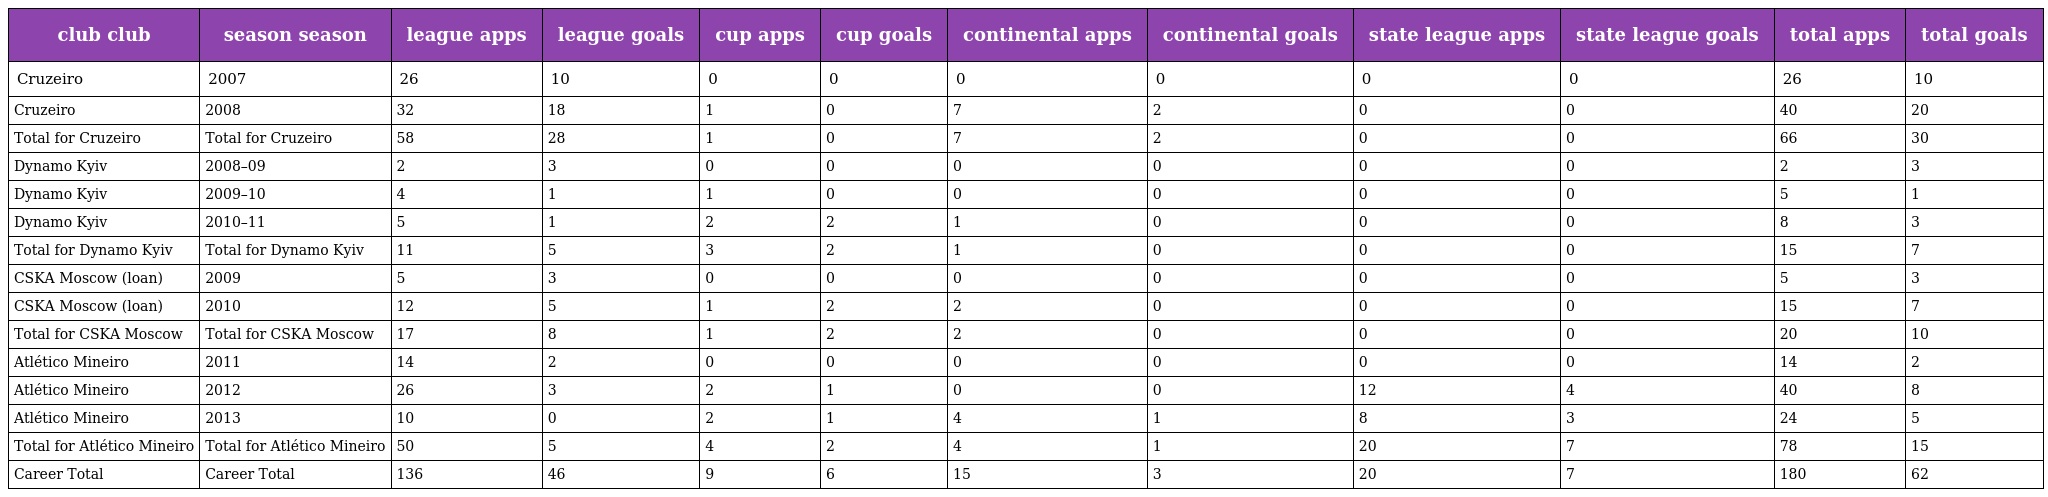
| club club | season season | league apps | league goals | cup apps | cup goals | continental apps | continental goals | state league apps | state league goals | total apps | total goals |
 | --- | --- | --- | --- | --- | --- | --- | --- | --- | --- | --- | --- |
 | Cruzeiro | 2007 | 26 | 10 | 0 | 0 | 0 | 0 | 0 | 0 | 26 | 10 |
 | Cruzeiro | 2008 | 32 | 18 | 1 | 0 | 7 | 2 | 0 | 0 | 40 | 20 |
 | Total for Cruzeiro | Total for Cruzeiro | 58 | 28 | 1 | 0 | 7 | 2 | 0 | 0 | 66 | 30 |
 | Dynamo Kyiv | 2008–09 | 2 | 3 | 0 | 0 | 0 | 0 | 0 | 0 | 2 | 3 |
 | Dynamo Kyiv | 2009–10 | 4 | 1 | 1 | 0 | 0 | 0 | 0 | 0 | 5 | 1 |
 | Dynamo Kyiv | 2010–11 | 5 | 1 | 2 | 2 | 1 | 0 | 0 | 0 | 8 | 3 |
 | Total for Dynamo Kyiv | Total for Dynamo Kyiv | 11 | 5 | 3 | 2 | 1 | 0 | 0 | 0 | 15 | 7 |
 | CSKA Moscow (loan) | 2009 | 5 | 3 | 0 | 0 | 0 | 0 | 0 | 0 | 5 | 3 |
 | CSKA Moscow (loan) | 2010 | 12 | 5 | 1 | 2 | 2 | 0 | 0 | 0 | 15 | 7 |
 | Total for CSKA Moscow | Total for CSKA Moscow | 17 | 8 | 1 | 2 | 2 | 0 | 0 | 0 | 20 | 10 |
 | Atlético Mineiro | 2011 | 14 | 2 | 0 | 0 | 0 | 0 | 0 | 0 | 14 | 2 |
 | Atlético Mineiro | 2012 | 26 | 3 | 2 | 1 | 0 | 0 | 12 | 4 | 40 | 8 |
 | Atlético Mineiro | 2013 | 10 | 0 | 2 | 1 | 4 | 1 | 8 | 3 | 24 | 5 |
 | Total for Atlético Mineiro | Total for Atlético Mineiro | 50 | 5 | 4 | 2 | 4 | 1 | 20 | 7 | 78 | 15 |
 | Career Total | Career Total | 136 | 46 | 9 | 6 | 15 | 3 | 20 | 7 | 180 | 62 |